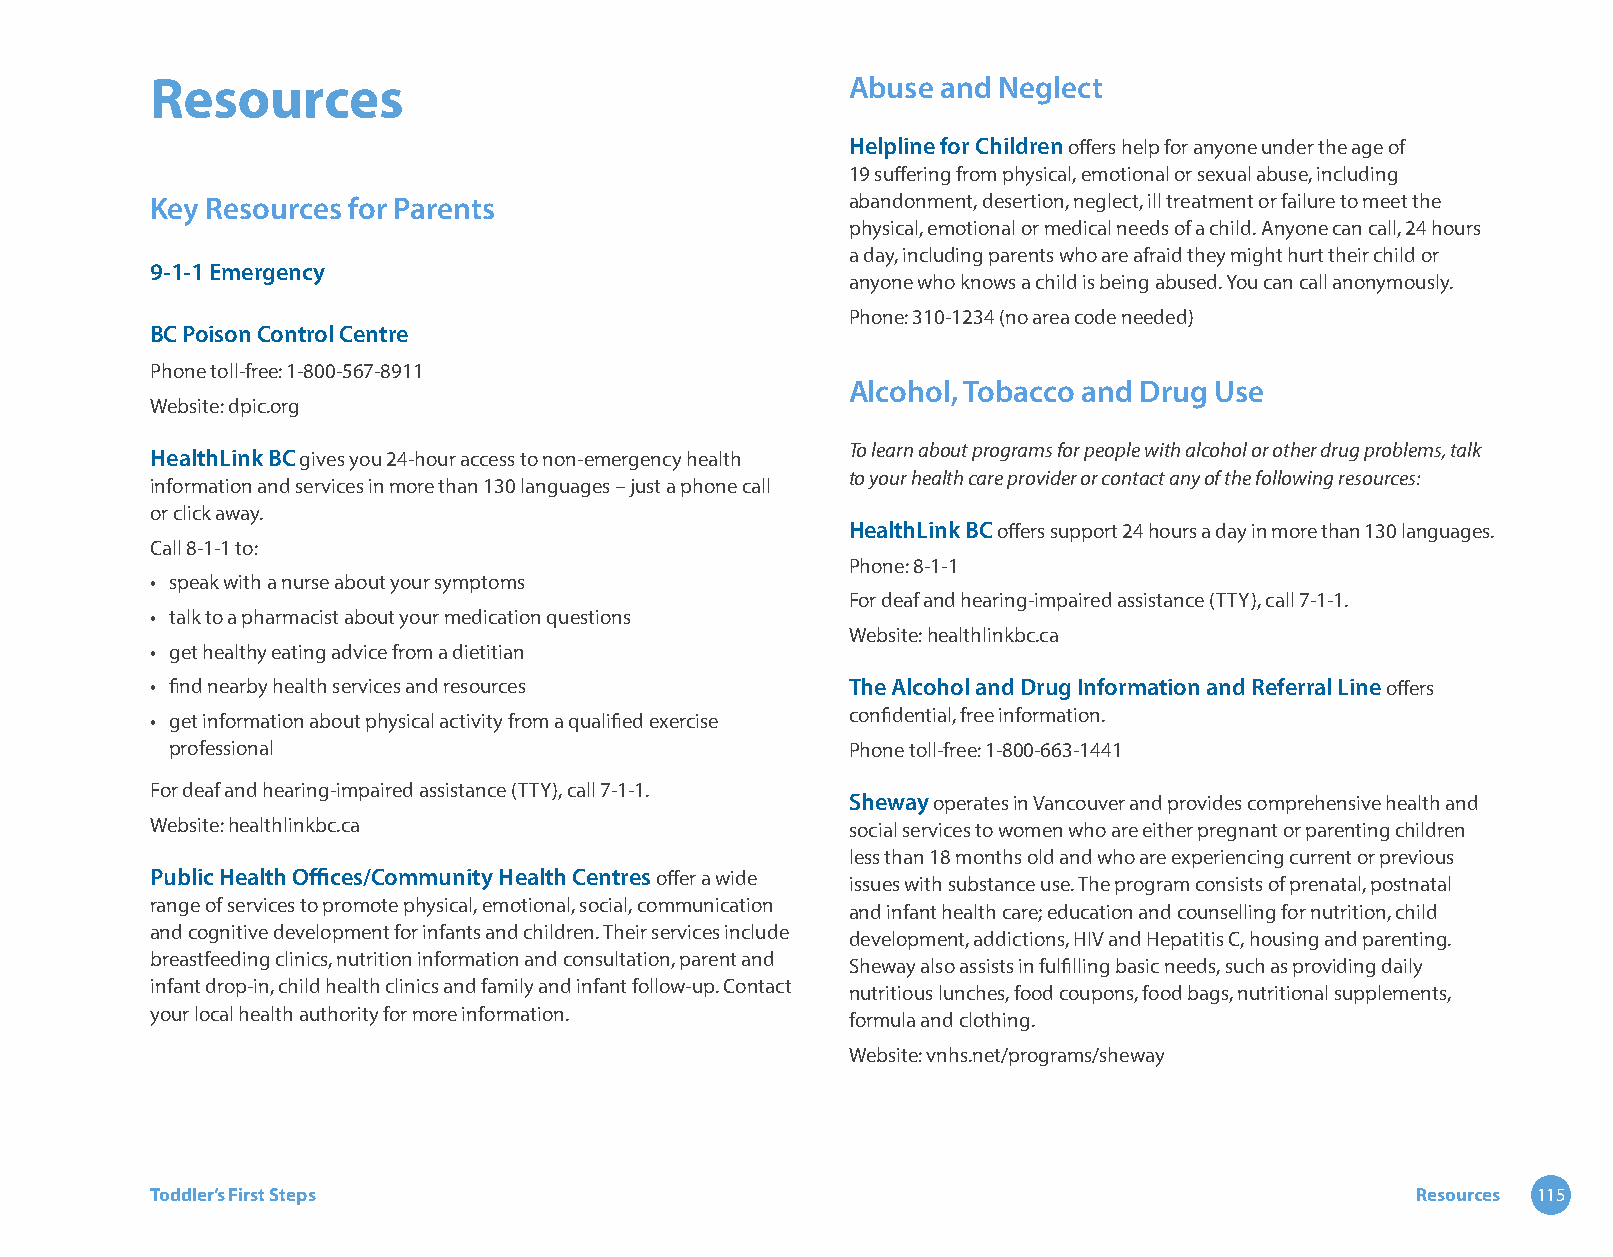
Resources                                     Abuse and Neglect
 Helpline for Children offers help for anyone under the age of
 19 suffering from physical, emotional or sexual abuse, including
 Key Resources for Parents                     abandonment, desertion, neglect, ill treatment or failure to meet the
 physical, emotional or medical needs of a child. Anyone can call, 24 hours
 a day, including parents who are afraid they might hurt their child or
 9-1-1 Emergency
 anyone who knows a child is being abused. You can call anonymously.
 Phone: 310-1234 (no area code needed)
 BC Poison Control Centre
 Phone toll-free: 1-800-567-8911
 Alcohol, Tobacco and Drug Use
 Website: dpic.org
 HealthLink BC gives you 24-hour access to non-emergency health To learn about programs for people with alcohol or other drug problems, talk
 to your health care provider or contact any of the following resources:
 information and services in more than 130 languages – just a phone call
 or click away.
 HealthLink BC offers support 24 hours a day in more than 130 languages.
 Call 8-1-1 to:
 Phone: 8-1-1
 • speak with a nurse about your symptoms
 For deaf and hearing-impaired assistance (TTY), call 7-1-1.
 • talk to a pharmacist about your medication questions
 Website: healthlinkbc.ca
 • get healthy eating advice from a dietitian
 • find nearby health services and resources   The Alcohol and Drug Information and Referral Line offers
 • get information about physical activity from a qualified exercise confidential, free information.
 professional                                 Phone toll-free: 1-800-663-1441
 For deaf and hearing-impaired assistance (TTY), call 7-1-1.
 Sheway operates in Vancouver and provides comprehensive health and
 Website: healthlinkbc.ca                      social services to women who are either pregnant or parenting children
 less than 18 months old and who are experiencing current or previous
 Public Health Offices/Community Health Centres offer a wide
 issues with substance use. The program consists of prenatal, postnatal
 range of services to promote physical, emotional, social, communication
 and infant health care; education and counselling for nutrition, child
 and cognitive development for infants and children. Their services include
 development, addictions, HIV and Hepatitis C, housing and parenting.
 breastfeeding clinics, nutrition information and consultation, parent and
 Sheway also assists in fulfilling basic needs, such as providing daily
 infant drop-in, child health clinics and family and infant follow-up. Contact
 nutritious lunches, food coupons, food bags, nutritional supplements,
 your local health authority for more information.
 formula and clothing.
 Website: vnhs.net/programs/sheway
 Toddler’s First Steps                                                               Resources 115